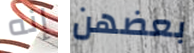
إنه بعضهن